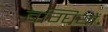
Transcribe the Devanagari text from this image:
बग्घियों